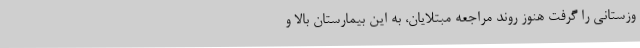
وزستانی را گرفت هنوز روند مراجعه مبتلایان، به این بیمارستان بالا و